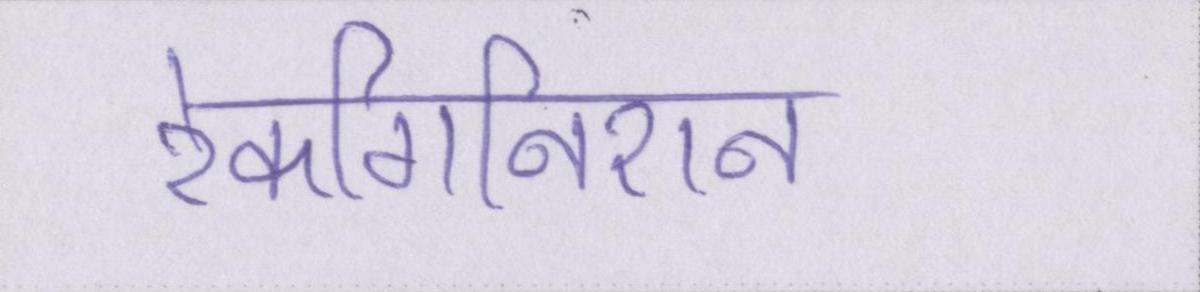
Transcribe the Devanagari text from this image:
रेकगिनिशन